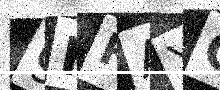
Text: 9HRAYO